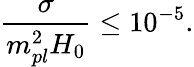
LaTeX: \frac{\sigma}{m_{pl}^{2}H_{0}}\leq 10^{-5}.